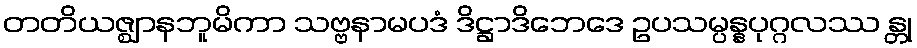
တတိယဇ္ဈာနဘူမိကာ သဗ္ဗနာမပဒံ ဒိဋ္ဌာဒိဘေဒေ ဥပသမ္ပန္နပုဂ္ဂလဿ န္တု